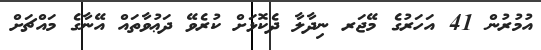
އުމުރުން 41 އަހަރުގެ މޭޖަރ ނިދާލާ ދެކޮޅަށް ކުރެވޭ ދަޢުވާތައް އޭނާގެ މައްޗަށް